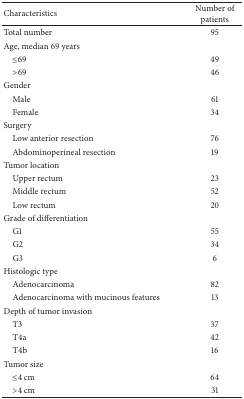
<table><thead><tr><td><b>Characteristics</b></td><td><b>Number of patients</b></td></tr></thead><tbody><tr><td>Total number</td><td>95</td></tr><tr><td>Age, median 69 years</td><td> </td></tr><tr><td> ≤69</td><td>49</td></tr><tr><td> &gt;69</td><td>46</td></tr><tr><td>Gender</td><td> </td></tr><tr><td> Male</td><td>61</td></tr><tr><td> Female</td><td>34</td></tr><tr><td>Surgery</td><td> </td></tr><tr><td> Low anterior resection</td><td>76</td></tr><tr><td> Abdominoperineal resection</td><td>19</td></tr><tr><td>Tumor location</td><td> </td></tr><tr><td> Upper rectum</td><td>23</td></tr><tr><td> Middle rectum</td><td>52</td></tr><tr><td> Low rectum</td><td>20</td></tr><tr><td>Grade of differentiation</td><td> </td></tr><tr><td> G1</td><td>55</td></tr><tr><td> G2</td><td>34</td></tr><tr><td> G3</td><td>6</td></tr><tr><td>Histologic type</td><td> </td></tr><tr><td> Adenocarcinoma</td><td>82</td></tr><tr><td> Adenocarcinoma with mucinous features</td><td>13</td></tr><tr><td>Depth of tumor invasion</td><td> </td></tr><tr><td> T3</td><td>37</td></tr><tr><td> T4a</td><td>42</td></tr><tr><td> T4b</td><td>16</td></tr><tr><td>Tumor size</td><td> </td></tr><tr><td> ≤4 cm</td><td>64</td></tr><tr><td> &gt;4 cm</td><td>31</td></tr></tbody></table>